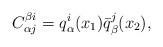
LaTeX: \begin{align*}C_{\alpha j}^{\beta i} = q_{\alpha}^{i} (x_{1}) \bar{q}_{\beta}^{j} (x_{2}) , \end{align*}